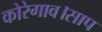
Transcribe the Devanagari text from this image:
कोरेगाव।साप